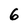
Character: 6